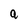
Character: a